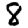
Digit: 8